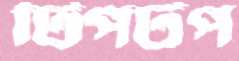
টিপটপ